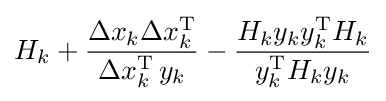
H_{k}+{\frac {\Delta x_{k}\Delta x_{k}^{\mathrm {T} }}{\Delta x_{k}^{\mathrm {T} }\,y_{k}}}-{\frac {H_{k}y_{k}y_{k}^{\mathrm {T} }H_{k}}{y_{k}^{\mathrm {T} }H_{k}y_{k}}}